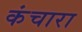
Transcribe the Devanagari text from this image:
कंचारा